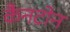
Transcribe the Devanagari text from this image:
कैनटोन